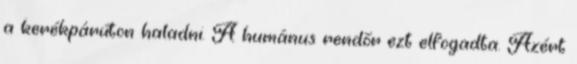
a kerékpárúton haladni. A humánus rendőr ezt elfogadta. Azért